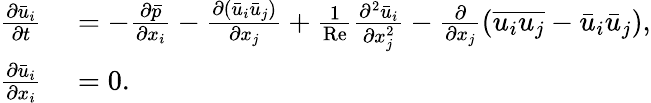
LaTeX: \begin{array}{rl}{\frac{\partial\bar{u}_{i}}{\partial t}}&{{}=-\frac{\partial\bar{p}}{\partial x_{i}}-\frac{\partial(\bar{u}_{i}\bar{u}_{j})}{\partial x_{j}}+\frac{1}{\mathrm{Re}}\frac{\partial^{2}\bar{u}_{i}}{\partial x_{j}^{2}}-\frac{\partial}{\partial x_{j}}(\overline{{u_{i}u_{j}}}-\bar{u}_{i}\bar{u}_{j}),}\\ {\frac{\partial\bar{u}_{i}}{\partial x_{i}}}&{{}=0.}\end{array}